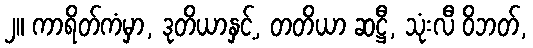
၂။ ကာရိတ်ကံမှာ, ဒုတိယာနှင့်, တတိယာ ဆဋ္ဌီ, သုံးလီ ဝိဘတ်,